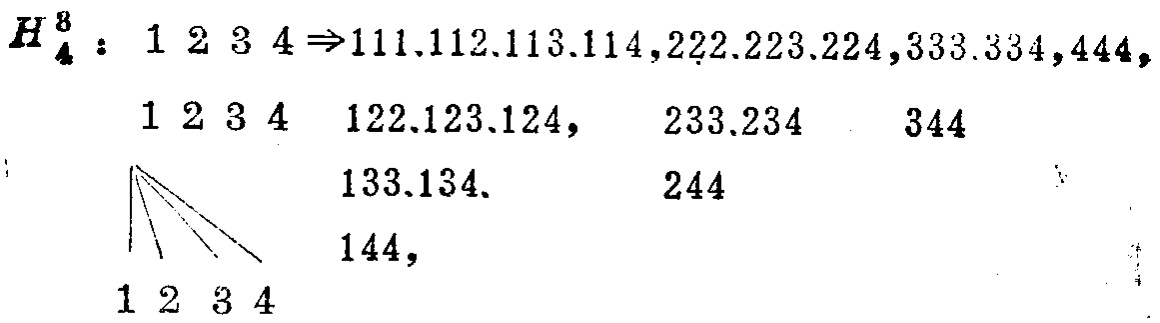
\[

H_{4}^{8}: 1\ 2\ 3\ 4 \Rightarrow 111,112,113,114,222,223,224,333,334,444, \\

1\ 2\ 3\ 4 \quad 122,123,124, \quad 233,234 \quad 344 \\

\quad \quad \quad 133,134, \quad 244 \\

\quad \quad \quad 144, \\

1\ 2\ 3\ 4

\]